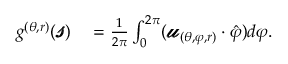
\begin{array} { r l } { g ^ { ( \theta , r ) } ( \pmb { \mathscr { s } } ) } & { { } = \frac { 1 } { 2 \pi } \int _ { 0 } ^ { 2 \pi } ( \pmb { \mathscr { u } } _ { ( \theta , \varphi , r ) } \cdot \hat { \varphi } ) d \varphi . } \end{array}